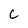
Character: C